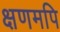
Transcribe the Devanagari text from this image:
क्षणमपि